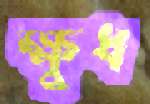
ক্ষুধ